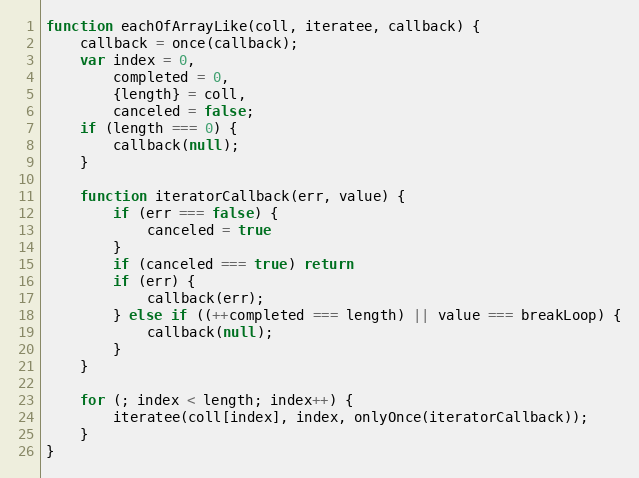
Language: JavaScript
function eachOfArrayLike(coll, iteratee, callback) {
    callback = once(callback);
    var index = 0,
        completed = 0,
        {length} = coll,
        canceled = false;
    if (length === 0) {
        callback(null);
    }

    function iteratorCallback(err, value) {
        if (err === false) {
            canceled = true
        }
        if (canceled === true) return
        if (err) {
            callback(err);
        } else if ((++completed === length) || value === breakLoop) {
            callback(null);
        }
    }

    for (; index < length; index++) {
        iteratee(coll[index], index, onlyOnce(iteratorCallback));
    }
}